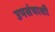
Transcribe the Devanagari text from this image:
उपसंचाशी